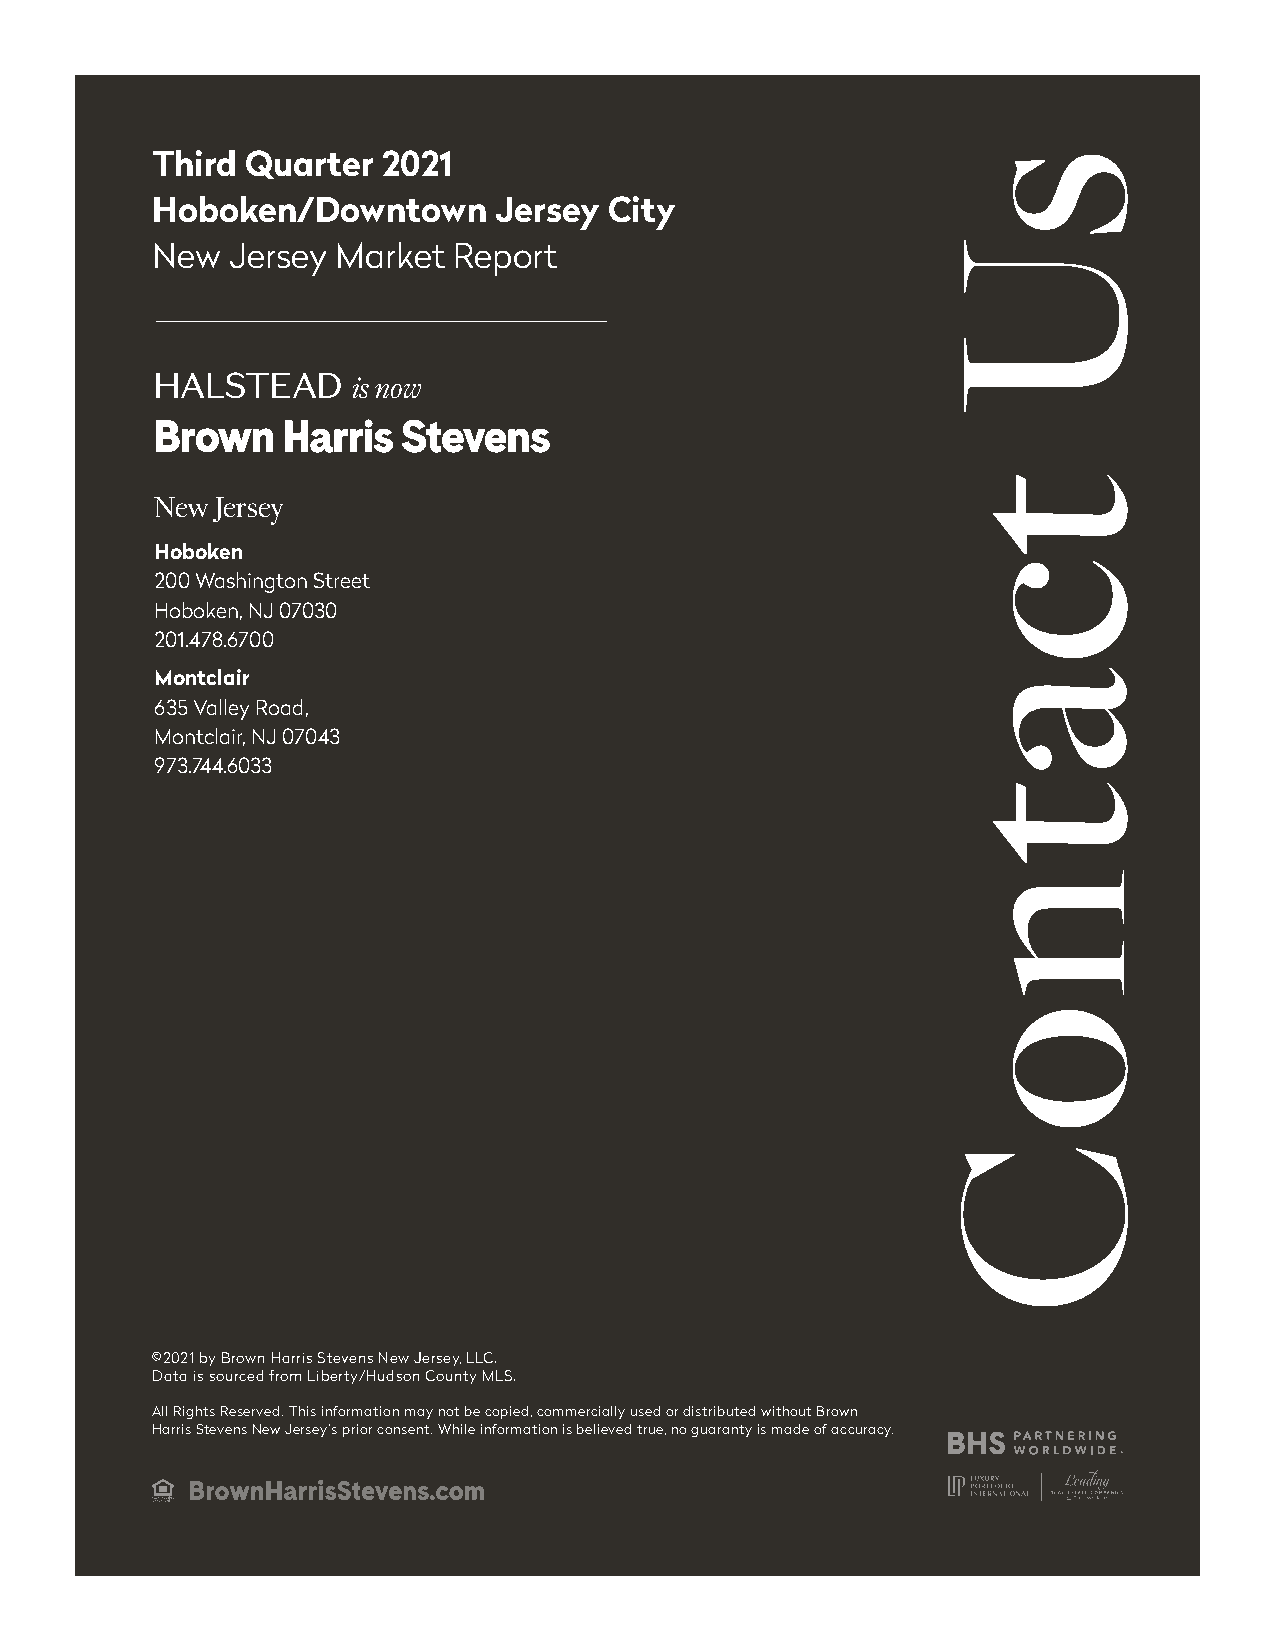
Third Quarter  2021
 Hoboken/Downtown       Jersey City
 New  Jersey Market  Report
 is now
 New Jersey
 Hoboken
 200 Washington Street
 Hoboken, NJ 07030
 201.478.6700
 Montclair
 635 Valley Road,
 Montclair, NJ 07043
 973.744.6033
 ©2021 by Brown Harris Stevens New Jersey, LLC.
 Data is sourced from Liberty/Hudson County MLS.
 All Rights Reserved. This information may not be copied, commercially used or distributed without Brown
 Harris Stevens New Jersey’s prior consent. While information is believed true, no guaranty is made of accuracy.
 sU
 tc
 a
 t
 n
 o
 C